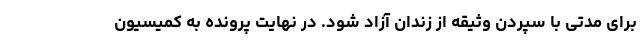
برای مدتی با سپردن وثیقه از زندان آزاد شود. در نهایت پرونده به کمیسیون